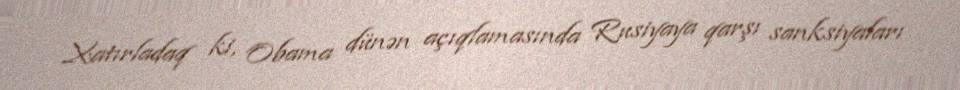
Xatırladaq ki, Obama dünən açıqlamasında Rusiyaya qarşı sanksiyaları